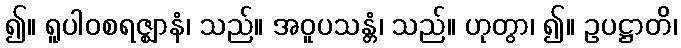
၍။ ရူပါဝစရဇ္ဈာနံ၊ သည်။ အဝူပသန္တံ၊ သည်။ ဟုတွာ၊ ၍။ ဥပဋ္ဌာတိ၊